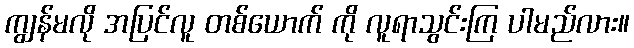
ကျွန်မလို အပြင်လူ တစ်ယောက် ကို လူရာသွင်းကြ ပါမည်လား။